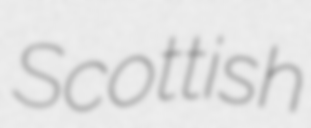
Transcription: Scottish